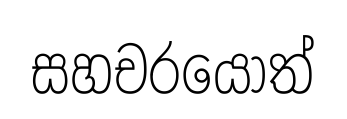
සහචරයෝත්